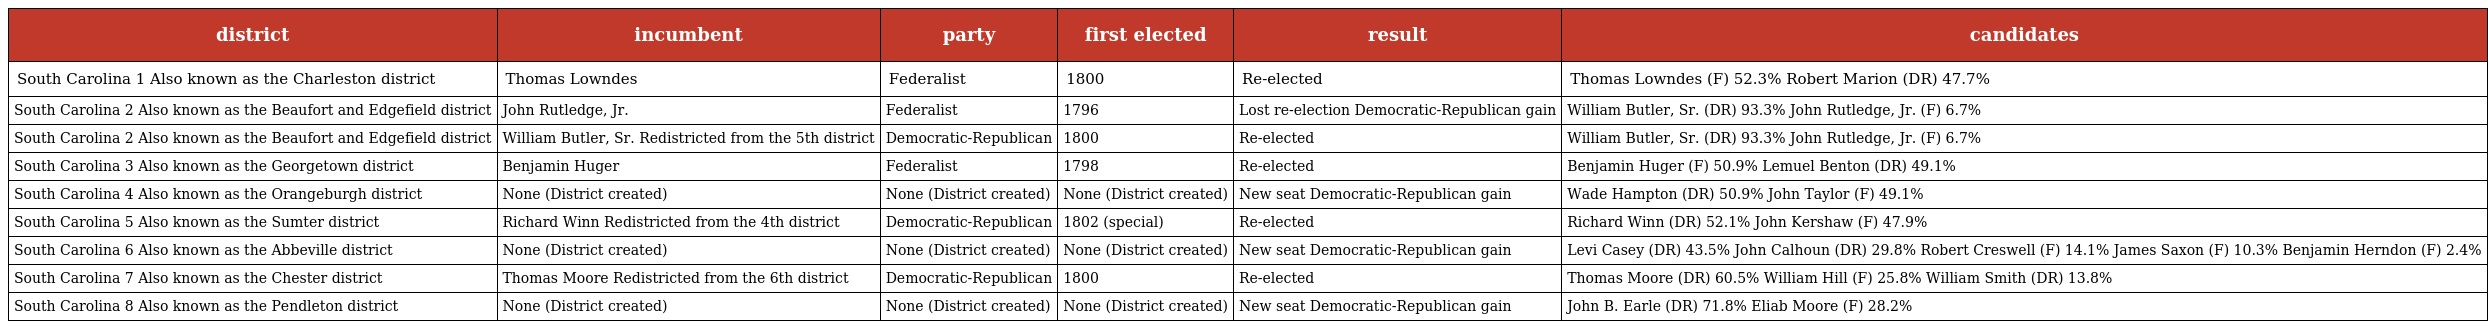
| district | incumbent | party | first elected | result | candidates |
 | --- | --- | --- | --- | --- | --- |
 | South Carolina 1 Also known as the Charleston district | Thomas Lowndes | Federalist | 1800 | Re-elected | Thomas Lowndes (F) 52.3% Robert Marion (DR) 47.7% |
 | South Carolina 2 Also known as the Beaufort and Edgefield district | John Rutledge, Jr. | Federalist | 1796 | Lost re-election Democratic-Republican gain | William Butler, Sr. (DR) 93.3% John Rutledge, Jr. (F) 6.7% |
 | South Carolina 2 Also known as the Beaufort and Edgefield district | William Butler, Sr. Redistricted from the 5th district | Democratic-Republican | 1800 | Re-elected | William Butler, Sr. (DR) 93.3% John Rutledge, Jr. (F) 6.7% |
 | South Carolina 3 Also known as the Georgetown district | Benjamin Huger | Federalist | 1798 | Re-elected | Benjamin Huger (F) 50.9% Lemuel Benton (DR) 49.1% |
 | South Carolina 4 Also known as the Orangeburgh district | None (District created) | None (District created) | None (District created) | New seat Democratic-Republican gain | Wade Hampton (DR) 50.9% John Taylor (F) 49.1% |
 | South Carolina 5 Also known as the Sumter district | Richard Winn Redistricted from the 4th district | Democratic-Republican | 1802 (special) | Re-elected | Richard Winn (DR) 52.1% John Kershaw (F) 47.9% |
 | South Carolina 6 Also known as the Abbeville district | None (District created) | None (District created) | None (District created) | New seat Democratic-Republican gain | Levi Casey (DR) 43.5% John Calhoun (DR) 29.8% Robert Creswell (F) 14.1% James Saxon (F) 10.3% Benjamin Herndon (F) 2.4% |
 | South Carolina 7 Also known as the Chester district | Thomas Moore Redistricted from the 6th district | Democratic-Republican | 1800 | Re-elected | Thomas Moore (DR) 60.5% William Hill (F) 25.8% William Smith (DR) 13.8% |
 | South Carolina 8 Also known as the Pendleton district | None (District created) | None (District created) | None (District created) | New seat Democratic-Republican gain | John B. Earle (DR) 71.8% Eliab Moore (F) 28.2% |